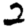
Digit: 2